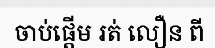
ចាប់ផ្តើម រត់ លឿន ពី